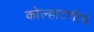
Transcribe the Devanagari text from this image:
कोल्हाटणीचे